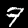
Label: 7